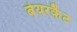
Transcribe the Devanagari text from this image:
बेयरकैट